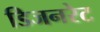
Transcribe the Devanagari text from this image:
डिजनरेट